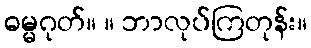
ဓမ္မဂုတ်။ ။ ဘာလုပ်ကြတုန်း။